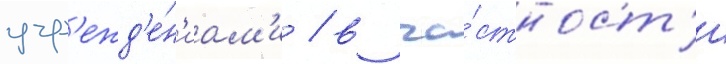
учр'ежд'е́н'иам'и / в ча́стност'и